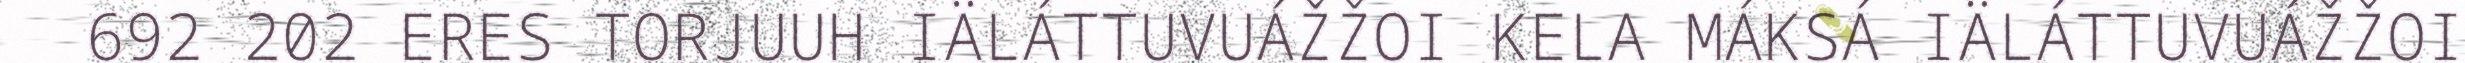
692 202 ERES TORJUUH IÄLÁTTUVUÁŽŽOI KELA MÁKSÁ IÄLÁTTUVUÁŽŽOI